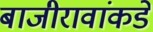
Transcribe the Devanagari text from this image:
बाजीरावांकडे